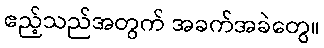
ဧည့်သည်အတွက် အခက်အခဲတွေ။